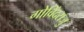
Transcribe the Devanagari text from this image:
गोविंदराजु